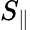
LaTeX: S_{\parallel}